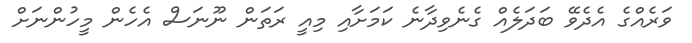
ވަރެއްގެ އެދެވޭ ބަދަލެއް ގެނެވިދާނެ ކަމަށާއި މިއީ ރަތަން ނޫނަސް އެހެން މީހުންނަށް